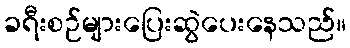
ခရီးစဉ်များပြေးဆွဲပေးနေသည်။